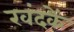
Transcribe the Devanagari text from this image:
खंदकें